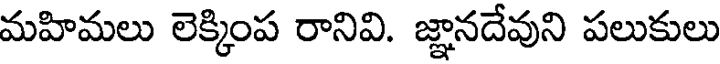
మహిమలు లెక్కింప రానివి. జ్ఞానదేవుని పలుకులు